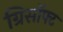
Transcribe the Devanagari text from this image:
ग्रिसॉफ्‍ट